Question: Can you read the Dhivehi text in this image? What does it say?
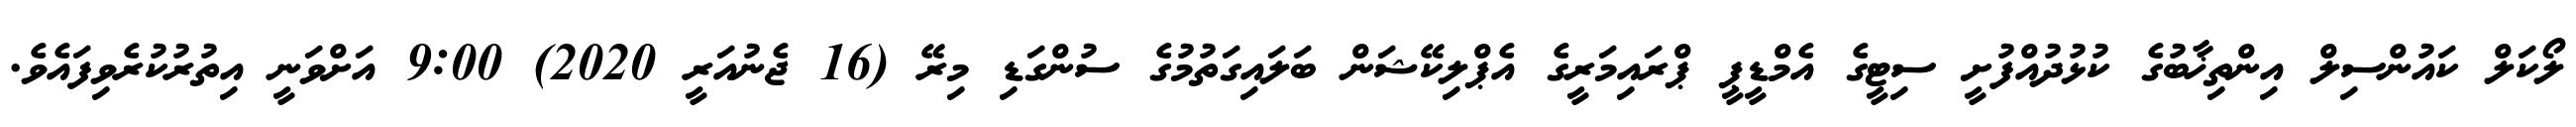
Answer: ލޯކަލް ކައުންސިލް އިންތިޚާބުގެ ކުޅުދުއްފުށީ ސިޓީގެ އެމްޑީޕީ ޕްރައިމަރީގެ އެޕްލިކޭޝަން ބަލައިގަތުމުގެ ސުންގަޑި މިރޭ (16 ޖެނުއަރީ 2020) 9:00 އަށްވަނީ އިތުރުކުރެވިފައެވެ.